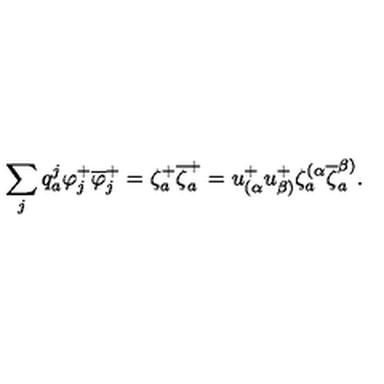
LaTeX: \sum _ { j } q _ { a } ^ { j } \varphi _ { j } ^ { + } \overline { { \varphi } } _ { j } ^ { + } = \zeta _ { a } ^ { + } \overline { { \zeta } } _ { a } ^ { + } = u _ { ( \alpha } ^ { + } u _ { \beta ) } ^ { + } \zeta _ { a } ^ { ( \alpha } \overline { { \zeta } } _ { a } ^ { \beta ) } .